Lunatic asylums Central Provinces reports 1886-1894 - 1886-1894
Year: 1886
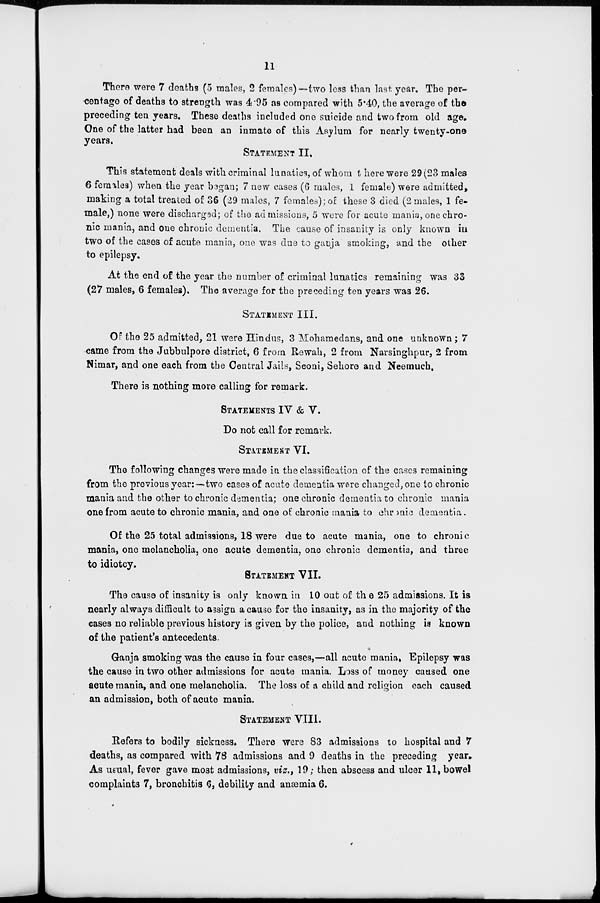
11
There were 7 deaths (5 males, 2 females)—two less than last year. The per-
centage of deaths to strength was 4.95 as compared with 5.40, the average of the
preceding ten years. These deaths included one suicide and two from old age.
One of the latter had been an inmate of this Asylum for nearly twenty-one
years.
STATEMENT II.
This statement deals with criminal lunatics, of whom there were 29 (23 males
6 females) when the year began; 7 new cases (6 males, 1 female) were admitted,
making a total treated of 36 (29 males, 7 females); of these 3 died (2 males, 1 fe-
male,) none were discharged ; of the admissions, 5 were for acute mania, one chro-
nic mania, and one chronic dementia. The cause of insanity is only known in
two of the cases of acute mania, one was due to ganja smoking, and the other
to epilepsy.
At the end of the year the number of criminal lunatics remaining was 33
(27 males, 6 females). The average for the preceding ten years was 26.
STATEMENT III.
OF the 25 admitted, 21 were Hindus, 3 Mohamedans, and one unknown; 7
came from the Jubbulpore district, 6 from Rewah, 2 from Narsinghpur, 2 from
Nimar, and one each from the Central Jails, Seoni, Sehore and Neemuch.
There is nothing more calling for remark.
STATEMENTS IV & V.
Do not call for remark.
STATEMENT VI.
The following changes were made in the classification of the cases remaining
from the previous year :—two cases of acute dementia were changed, one to chronic
mania and the other to chronic dementia; one chronic dementia to chronic mania
one from acute to chronic mania, and one of chronic mania to chronic dementia.
Of the 25 total admissions, 18 were due to acute mania, one to chronic
mania, one melancholia, one acute dementia, one chronic dementia, and three
to idiotcy.
STATEMENT VII.
The cause of insanity is only known in 10 out of the 25 admissions. It is
nearly always difficult to assign a cause for the insanity, as in the majority of the
cases no reliable previous history is given by the police, and nothing is known
of the patient's antecedents.
Ganja smoking was the cause in four cases,—all acute mania, Epilepsy was
the cause in two other admissions for acute mania. Loss of money caused one
acute mania, and one melancholia. The loss of a child and religion each caused
an admission, both of acute mania.
STATEMENT VIII.
Refers to bodily sickness. There were 83 admissions to hospital and 7
deaths, as compared with 78 admissions and 9 deaths in the preceding year.
As usual, fever gave most admissions, viz., 19; then abscess and ulcer 11, bowel
complaints 7, bronchitis 6, debility and anæmia 6.